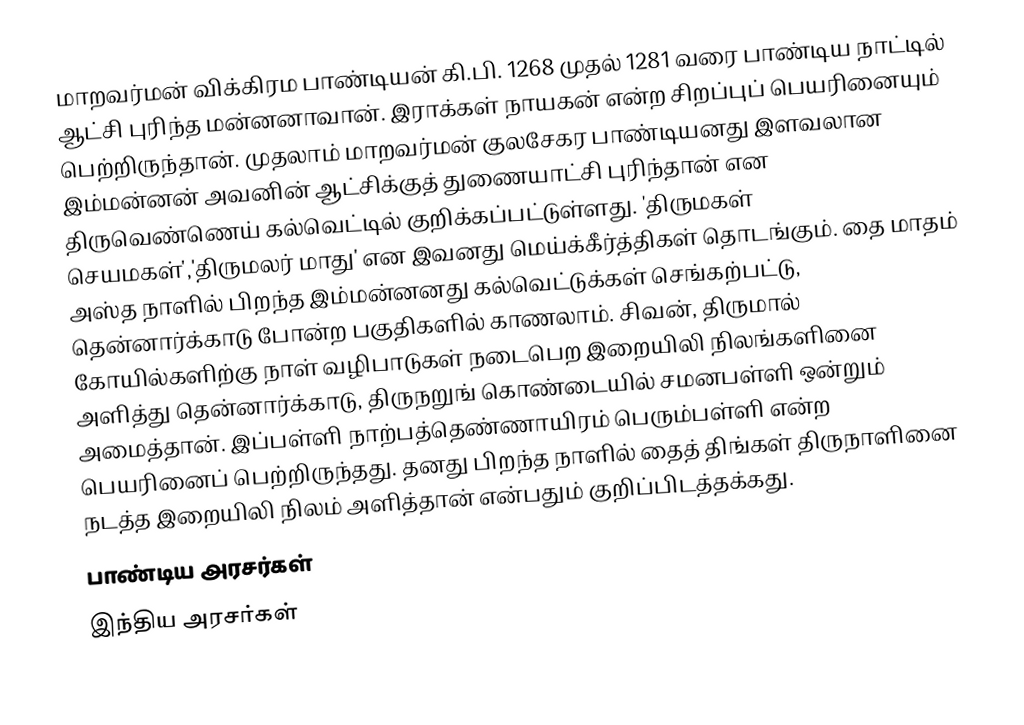
மாறவர்மன் விக்கிரம பாண்டியன் கி.பி. 1268 முதல் 1281 வரை பாண்டிய நாட்டில் ஆட்சி புரிந்த மன்னனாவான். இராக்கள் நாயகன் என்ற சிறப்புப் பெயரினையும் பெற்றிருந்தான். முதலாம் மாறவர்மன் குலசேகர பாண்டியனது இளவலான இம்மன்னன் அவனின் ஆட்சிக்குத் துணையாட்சி புரிந்தான் என திருவெண்ணெய் கல்வெட்டில் குறிக்கப்பட்டுள்ளது. 'திருமகள் செயமகள்','திருமலர் மாது' என இவனது மெய்க்கீர்த்திகள் தொடங்கும். தை மாதம் அஸ்த நாளில் பிறந்த இம்மன்னனது கல்வெட்டுக்கள் செங்கற்பட்டு, தென்னார்க்காடு போன்ற பகுதிகளில் காணலாம். சிவன், திருமால் கோயில்களிற்கு நாள் வழிபாடுகள் நடைபெற இறையிலி நிலங்களினை அளித்து தென்னார்க்காடு, திருநறுங் கொண்டையில் சமனபள்ளி ஒன்றும் அமைத்தான். இப்பள்ளி நாற்பத்தெண்ணாயிரம் பெரும்பள்ளி என்ற பெயரினைப் பெற்றிருந்தது. தனது பிறந்த நாளில் தைத் திங்கள் திருநாளினை நடத்த இறையிலி நிலம் அளித்தான் என்பதும் குறிப்பிடத்தக்கது.
பாண்டிய அரசர்கள்
இந்திய அரசர்கள்